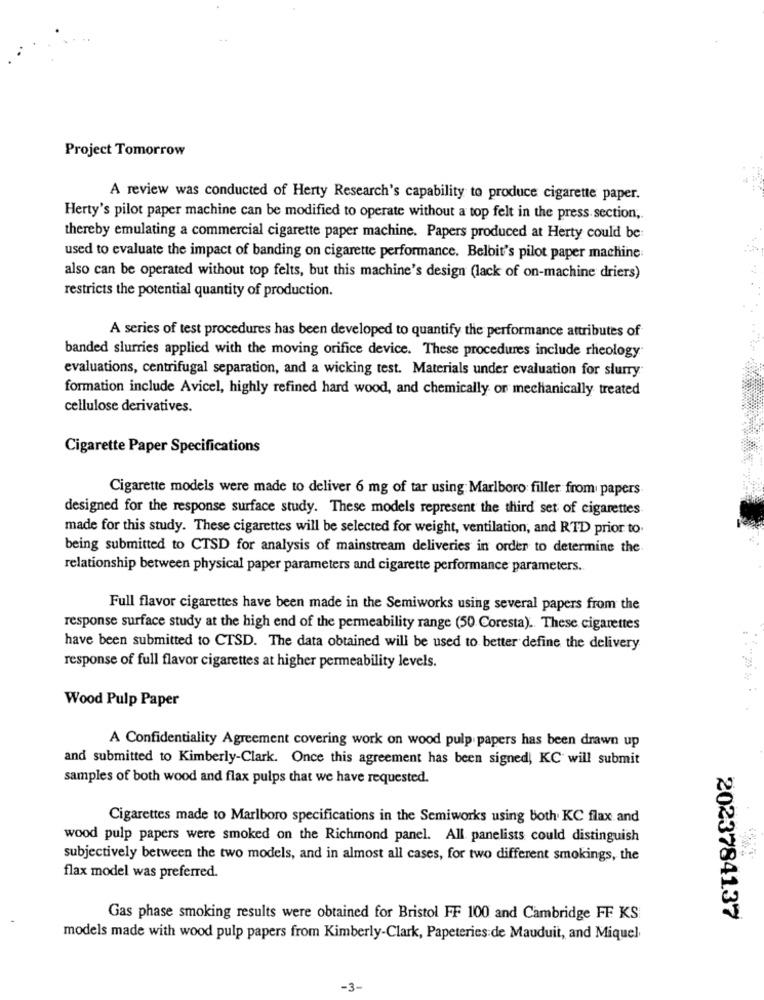
Project Tomorrow
A review was conducted of Herty Research's capability to produce cigarette paper.
Herty's pilot paper machine can be modified to operate without a top felt in the press section,
thereby emulating a commercial cigarette paper machine. Papers produced at Herty could be
used to evaluate the impact of banding on cigarette performance. Belbit's pilot paper machine
also can be operated without top felts, but this machine's design (lack of on-machine driers)
restricts the potential quantity of production.
A series of test procedures has been developed to quantify the performance attributes of
banded slurries applied with the moving orifice device. These procedures include rheology
evaluations, centrifugal separation, and a wicking test. Materials under evaluation for slurry
formation include Avicel, highly refined hard wood, and chemically or mechanically treated
cellulose derivatives.
Cigarette Paper Specifications
Cigarette models were made to deliver 6 mg of tar using Marlboro filler from papers
designed for the response surface study. These models represent the third set of cigarettes
made for this study. These cigarettes will be selected for weight, ventilation, and RTD prior to
being submitted to CTSD for analysis of mainstream deliveries in order to determine the
relationship between physical paper parameters and cigarette performance parameters.
Full flavor cigarettes have been made in the Semiworks using several papers from the
response surface study at the high end of the permeability range (50 Coresta) .. These cigarettes
have been submitted to CTSD. The data obtained will be used to better define the delivery
response of full flavor cigarettes at higher permeability levels.
Wood Pulp Paper
A Confidentiality Agreement covering work on wood pulp papers has been drawn up
and submitted to Kimberly-Clark. Once this agreement has been signed, KC will submit
samples of both wood and flax pulps that we have requested.
Cigarettes made to Marlboro specifications in the Semiworks using both KC flax and
wood pulp papers were smoked on the Richmond panel. All panelists could distinguish
subjectively between the two models, and in almost all cases, for two different smokings, the
flax model was preferred.
Gas phase smoking results were obtained for Bristol FF 100 and Cambridge FF KS
2023784137
models made with wood pulp papers from Kimberly-Clark, Papeteries de Mauduit, and Miquel
-3-